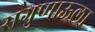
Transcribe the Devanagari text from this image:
सगुणाऊला